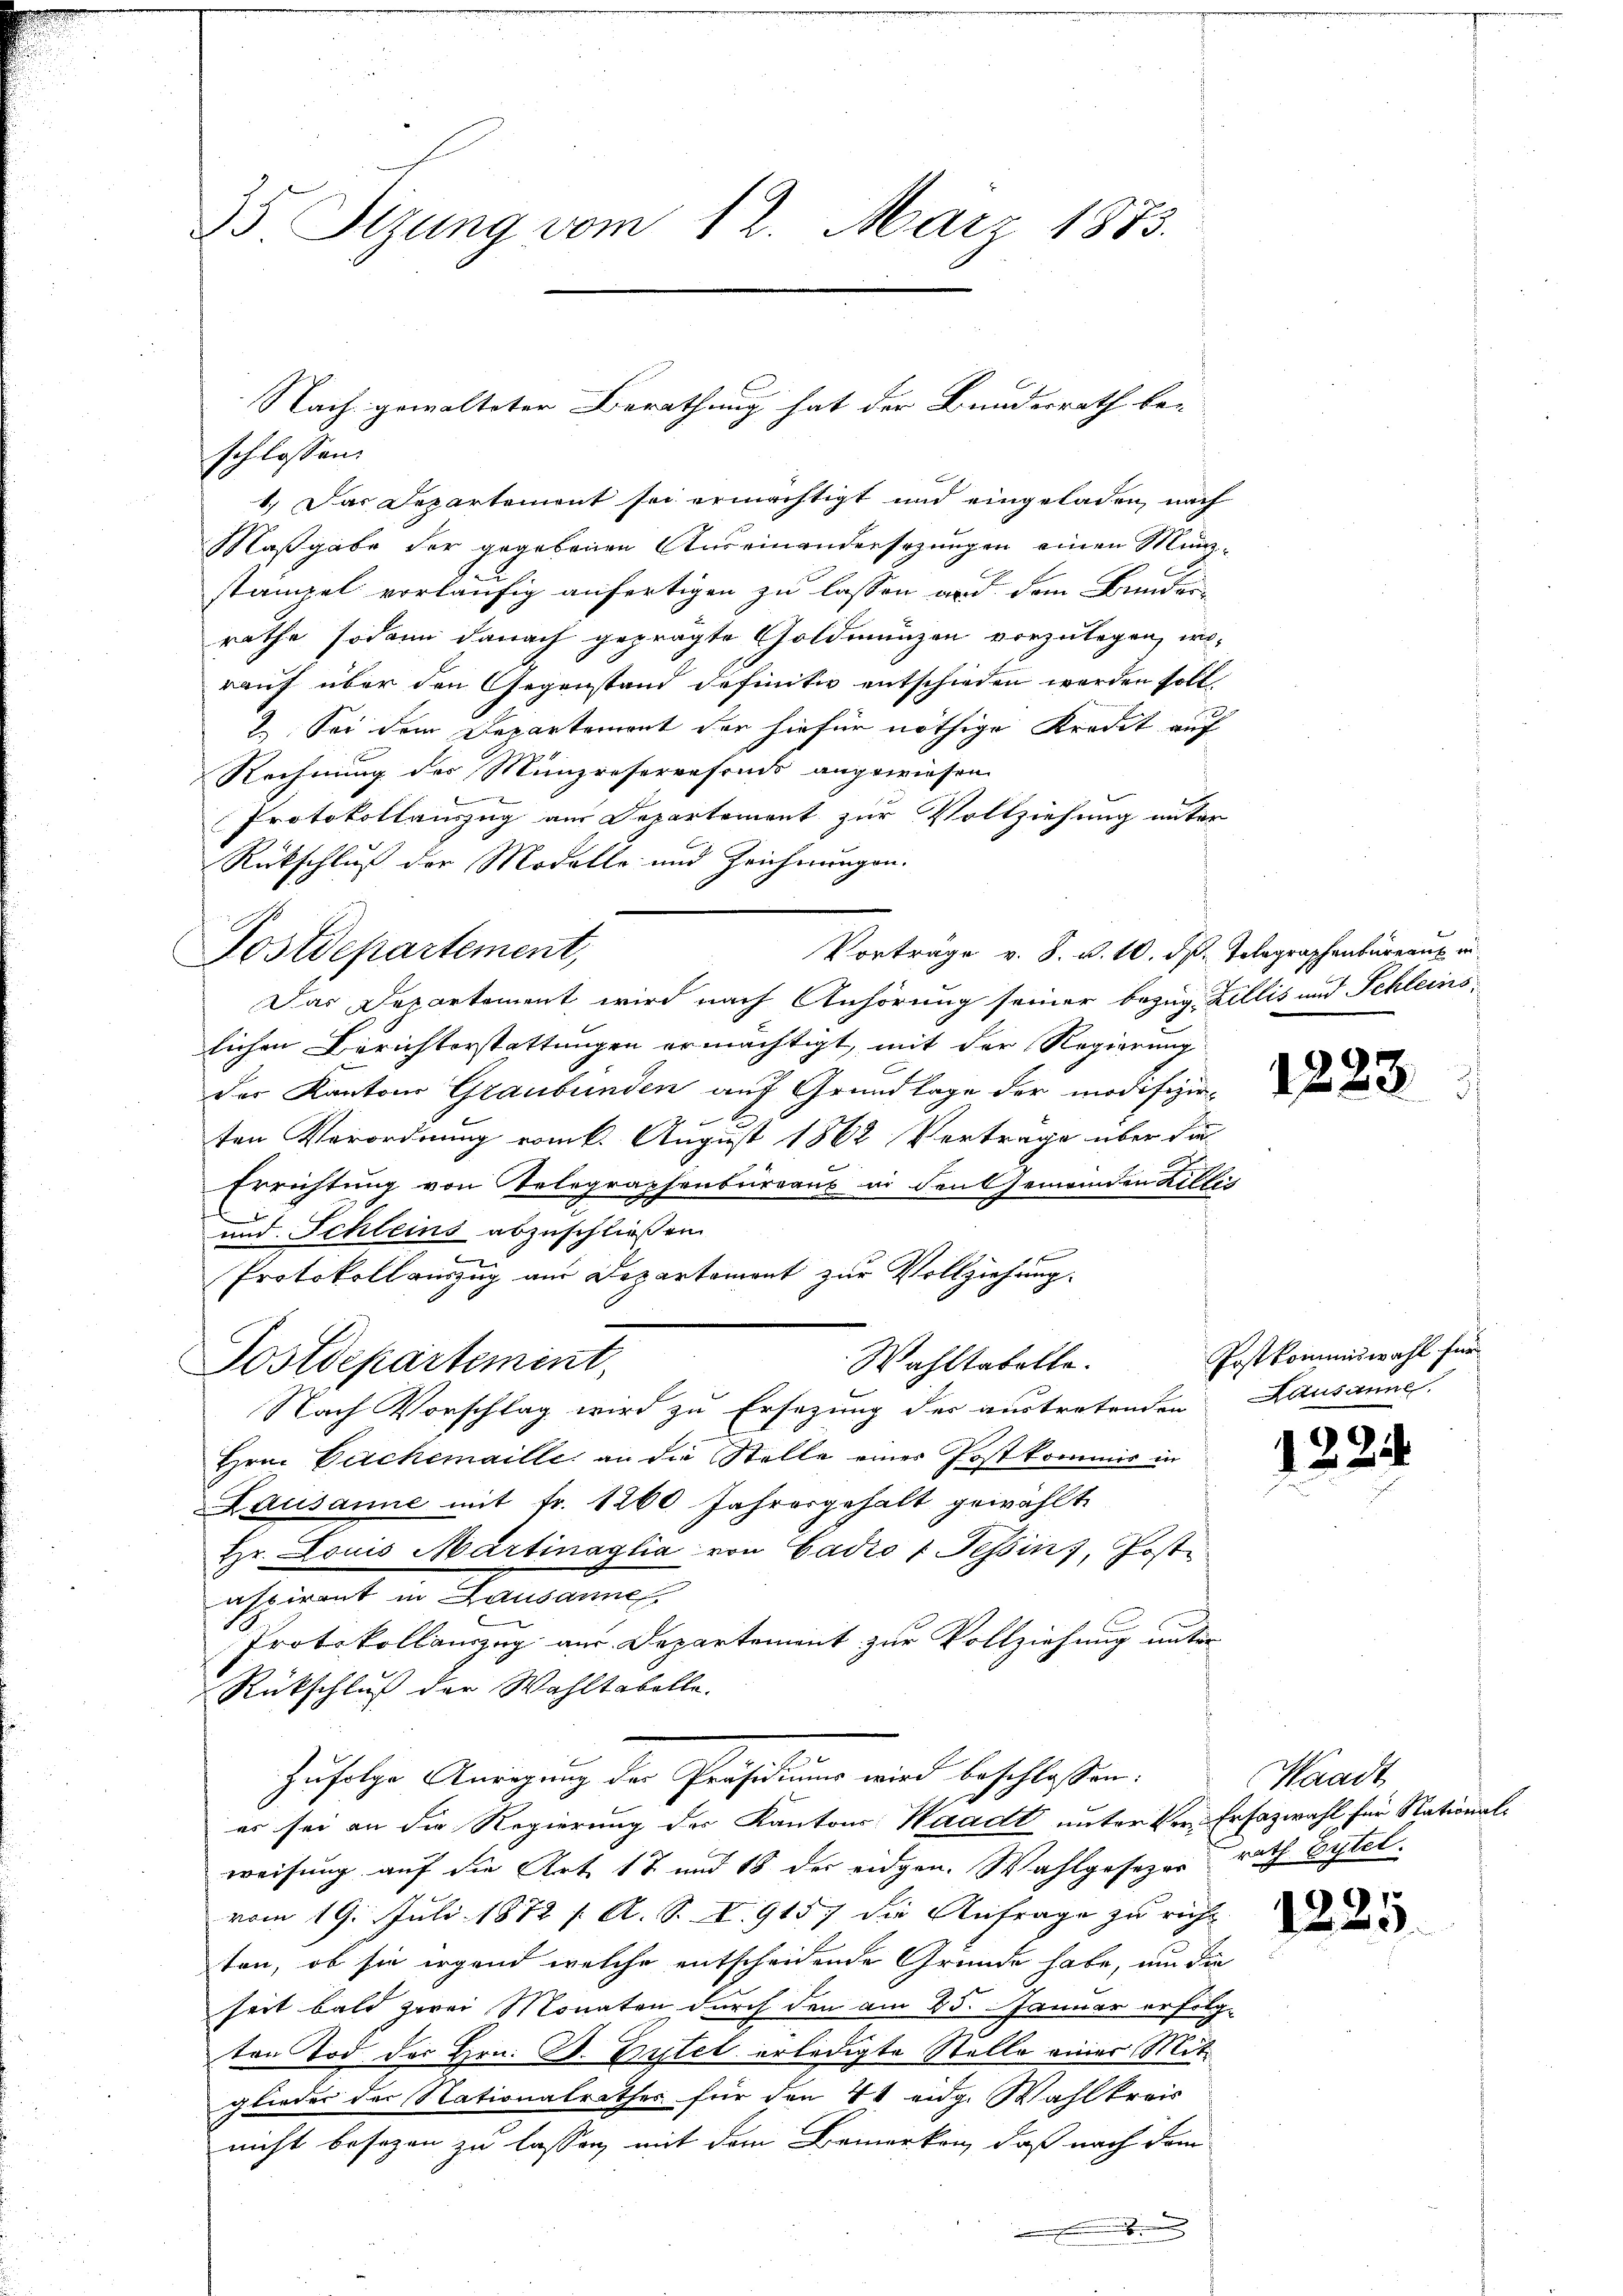
35. Stzung vom 12. März 1883.

schlossen:
1.) Das Departement sei ermächtigt und eingeladen, nach
Maßgabe der gegebenen Auseinandersezungen einen Münzstämpel vorläufig anfertigen zu lassen und dem Bunder-
räthe sodann danach geprägte Goldmünzen vorzulegen, wo-
rauf über den Gegenstand definitiv entschieden worden soll.
2. Sei dem Departemont der hiefür nöthige Kredit auf
Rechnung des Münzreservefonds angewiesen
Protokollauszug aus Departement zur Vollziehung unter
Rückschluß der Modelle und Zeichnungen.
Vorträge v. S. v. 10. ds. Telegraphenbüreaux in
Postdepartement,
Das Departement wird nach Anhörung seiner bezug Zillis und Schleins
lichen Berichterstattungen ermächtigt, mit der Regierung
der Kantons Graubünden auf Grundlage der modifizirten Verordnung vom k. August 1862 Vertrage über di
Errichtung von Telegraphenbureaus in den Gemeinden eitlich
und Schleins abzuschließen
r
Protokoll auszug am Departement zur Vollziehung.
Wahltabelle.
Sostdepartement,
Nach Vorschlag wird zu Ersezung der austretenden Lausanne,
Hrn. Cachemaille an die Stelle eines Postkommis in
Lausanne mit fr. 1260 Jahresgehalt gewählt.
Hr. Louis Martinaglia von Gadio : Tessin, Postaspirant in Lausanne
Protokollanzug aus Departement zur Vollziehung unter
Rückschluß der Wahltabelle.
x
Zufolge Anregung des Präsidiums wird beschlossen:
es sei an die Regierung des Kantons Waadt unter der Erfazwahl für Stationalweisung auf die Art 17 und 18 der eidgen. Wahlgeseze rath Eytelvom 19. Juli 1872 / A. S. I. 915) die Anfrage zu richt
ten, ob sie irgend welche entscheidende Gründe habe, um die
seit bald zwei Monaten durch den am 25. Januar erfolgten Tod der Hrn. D. Tutel erledigte Stelle einer Mitglieder der Nationalrathes für den 44 eidg. Wahlkreis
nicht besezen zu lassen, mit dem Bemerken, daß nach dem

Nach gewalteter Berathung hat der Bundesrath be-

m

1223.

Postkommiswahl für

122.

Waadt

1225